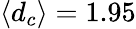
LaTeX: \langle d_{c}\rangle=1.95